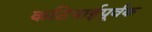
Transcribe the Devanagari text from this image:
कठिनाईपूर्वक